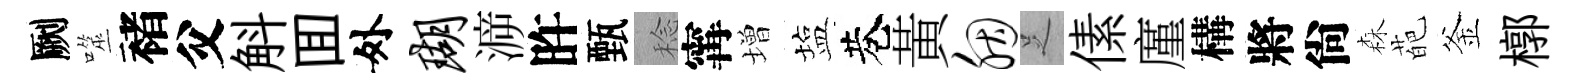
劂噬褚父斛囬外瑚㴑旿甄稔𡩋増塩巷黃胭𠯁傃廑構將尙森葩釜槨